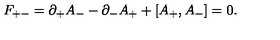
F _ { + - } = \partial _ { + } A _ { - } - \partial _ { - } A _ { + } + [ A _ { + } , A _ { - } ] = 0 .